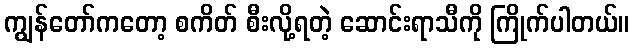
ကျွန်တော်ကတော့ စကိတ် စီးလို့ရတဲ့ ဆောင်းရာသီကို ကြိုက်ပါတယ်။